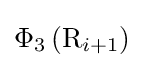
\Phi _{3}\left(\mathrm {R} _{i+1}\right)